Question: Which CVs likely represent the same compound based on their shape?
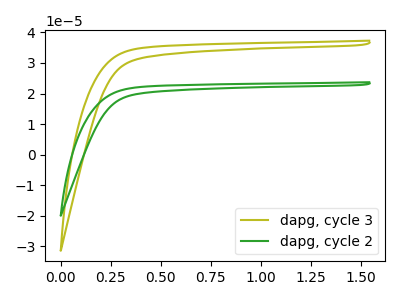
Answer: <think>The olive curve "dapg, cycle 3" has no peaks. The green curve "dapg, cycle 2" has no peaks.
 Neither "dapg, cycle 3" or "dapg, cycle 2" have any peaks.</think>
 <answer>"dapg, cycle 3" and "dapg, cycle 2" have the same shape and are likely CV's of the same chemical.</answer>
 <eval>"dapg, cycle 3" "dapg, cycle 2"</eval>